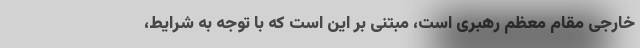
خارجی مقام معظم رهبری است، مبتنی بر این است که با توجه به شرایط،